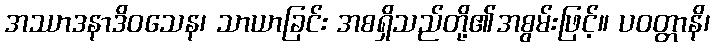
အဿာဒနာဒိဝသေန၊ သာယာခြင်း အစရှိသည်တို့၏အစွမ်းဖြင့်။ ပဝတ္တာနိ၊